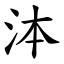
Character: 泍